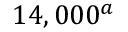
1 4 , 0 0 0 ^ { a }